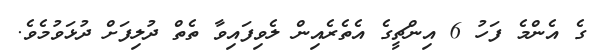
ގެ އެންމެ ފަހު 6 އިންޗީގެ އެތެރެއިން ލެވިފައިވާ ތެތް ދުލިފަށް ދުޅަވުމެވެ.